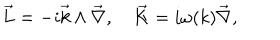
\vec { L } = - i \vec { k } \wedge \vec { \nabla } , \quad \vec { K } = i \omega ( k ) \vec { \nabla } ,